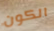
الكون